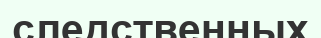
следственных